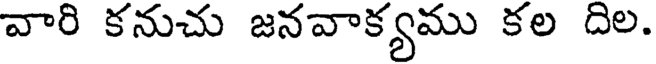
వారి కనుచు జనవాక్యము కల దిల.